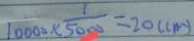
1 0 0 0 0 \times \frac { 1 } { 5 0 0 0 } = 2 0 ( c m )